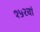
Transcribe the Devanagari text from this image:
१५२वां